Civil Veterinary Department Bihar & Orissa reports 1929-36 - 1929-1936
Year: 1929
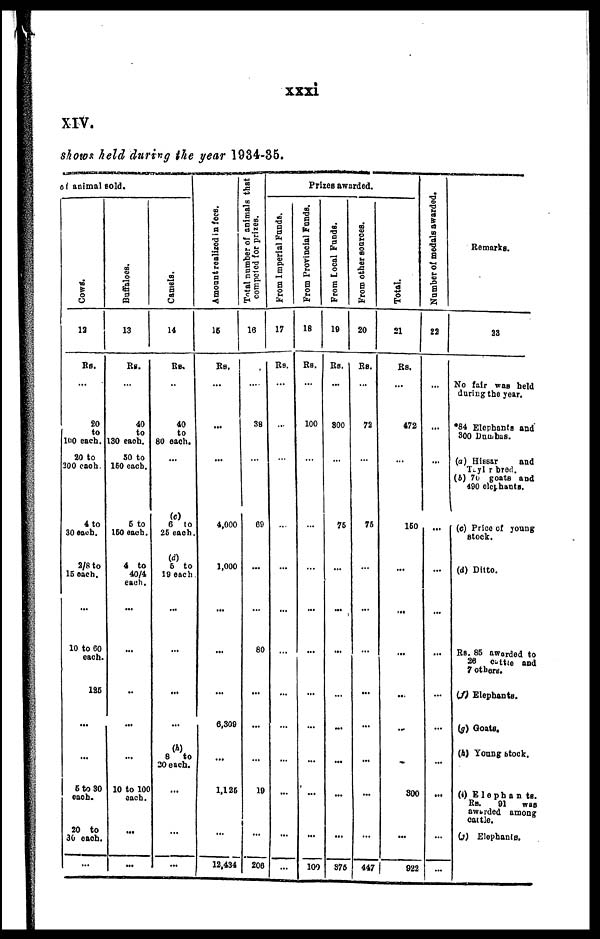
xxxi
XIV.
shows held during the year 1934-35.
of animal sold.
Cows.
12
Rs.
...
20
to
100 each.
20 to
300 each
4 to
30 each.
2/8 to
15 each.
10 to 60
each.
185
...
...
5 to 30
each.
20 to
30 each.
...
Buffaloes.
13
Rs.
...
40
to
130 each.
30 to
150 each.
6 to
160 each.
4 to
40/4
each.
...
..
...
...
10 to 100
each.
...
...
Camels.
14
Rs.
...
40
to
80 each.
...
(c)
6 to
25 each.
(d)
6 to
10 each
...
...
...
(h)
8
to
20 each.
...
...
...
Amo u n t r e a l i z e d in fees.
15
Rs.
...
...
...
4,000
1,000
...
...
6,300
...
1,126
...
12,434
Total number of animals that
competed
for prizes.
16
...
38
...
69
...
60
...
...
...
10
...
206
Prizes awarded.
From Imperial Funds.
17
Rs.
...
...
...
...
...
...
...
...
...
...
...
...
From Provincial Funds.
18
Rs.
...
100
...
...
...
...
...
...
...
...
...
100
From Local Fundi.
19
Rs.
...
300
...
76
...
...
...
...
...
...
...
876
From other sources.
20
Rs.
...
72
...
76
...
...
...
...
...
...
...
447
Total.
21
Rs.
...
472
...
160
...
...
...
...
...
300
...
922
Number of medals awarded.
22
...
...
...
...
...
...
...
...
...
...
...
...
Remarks.
23
No fair was held
during the year.
*84 Elechants and
300 Dambas.
(a) Hissar
and
Teylo or bred.
(b) 70 goats and
490 elephants.
(c) Price of young
stock.
(d) Ditto.
RS. 85 awarded to
26 cattle and
7 others.
(f) Elephants.
(g) Goats.
(h) Young stock.
(i) Elephants.
Rs.
91
was
awarded among
cattle.
(g) Elephants.